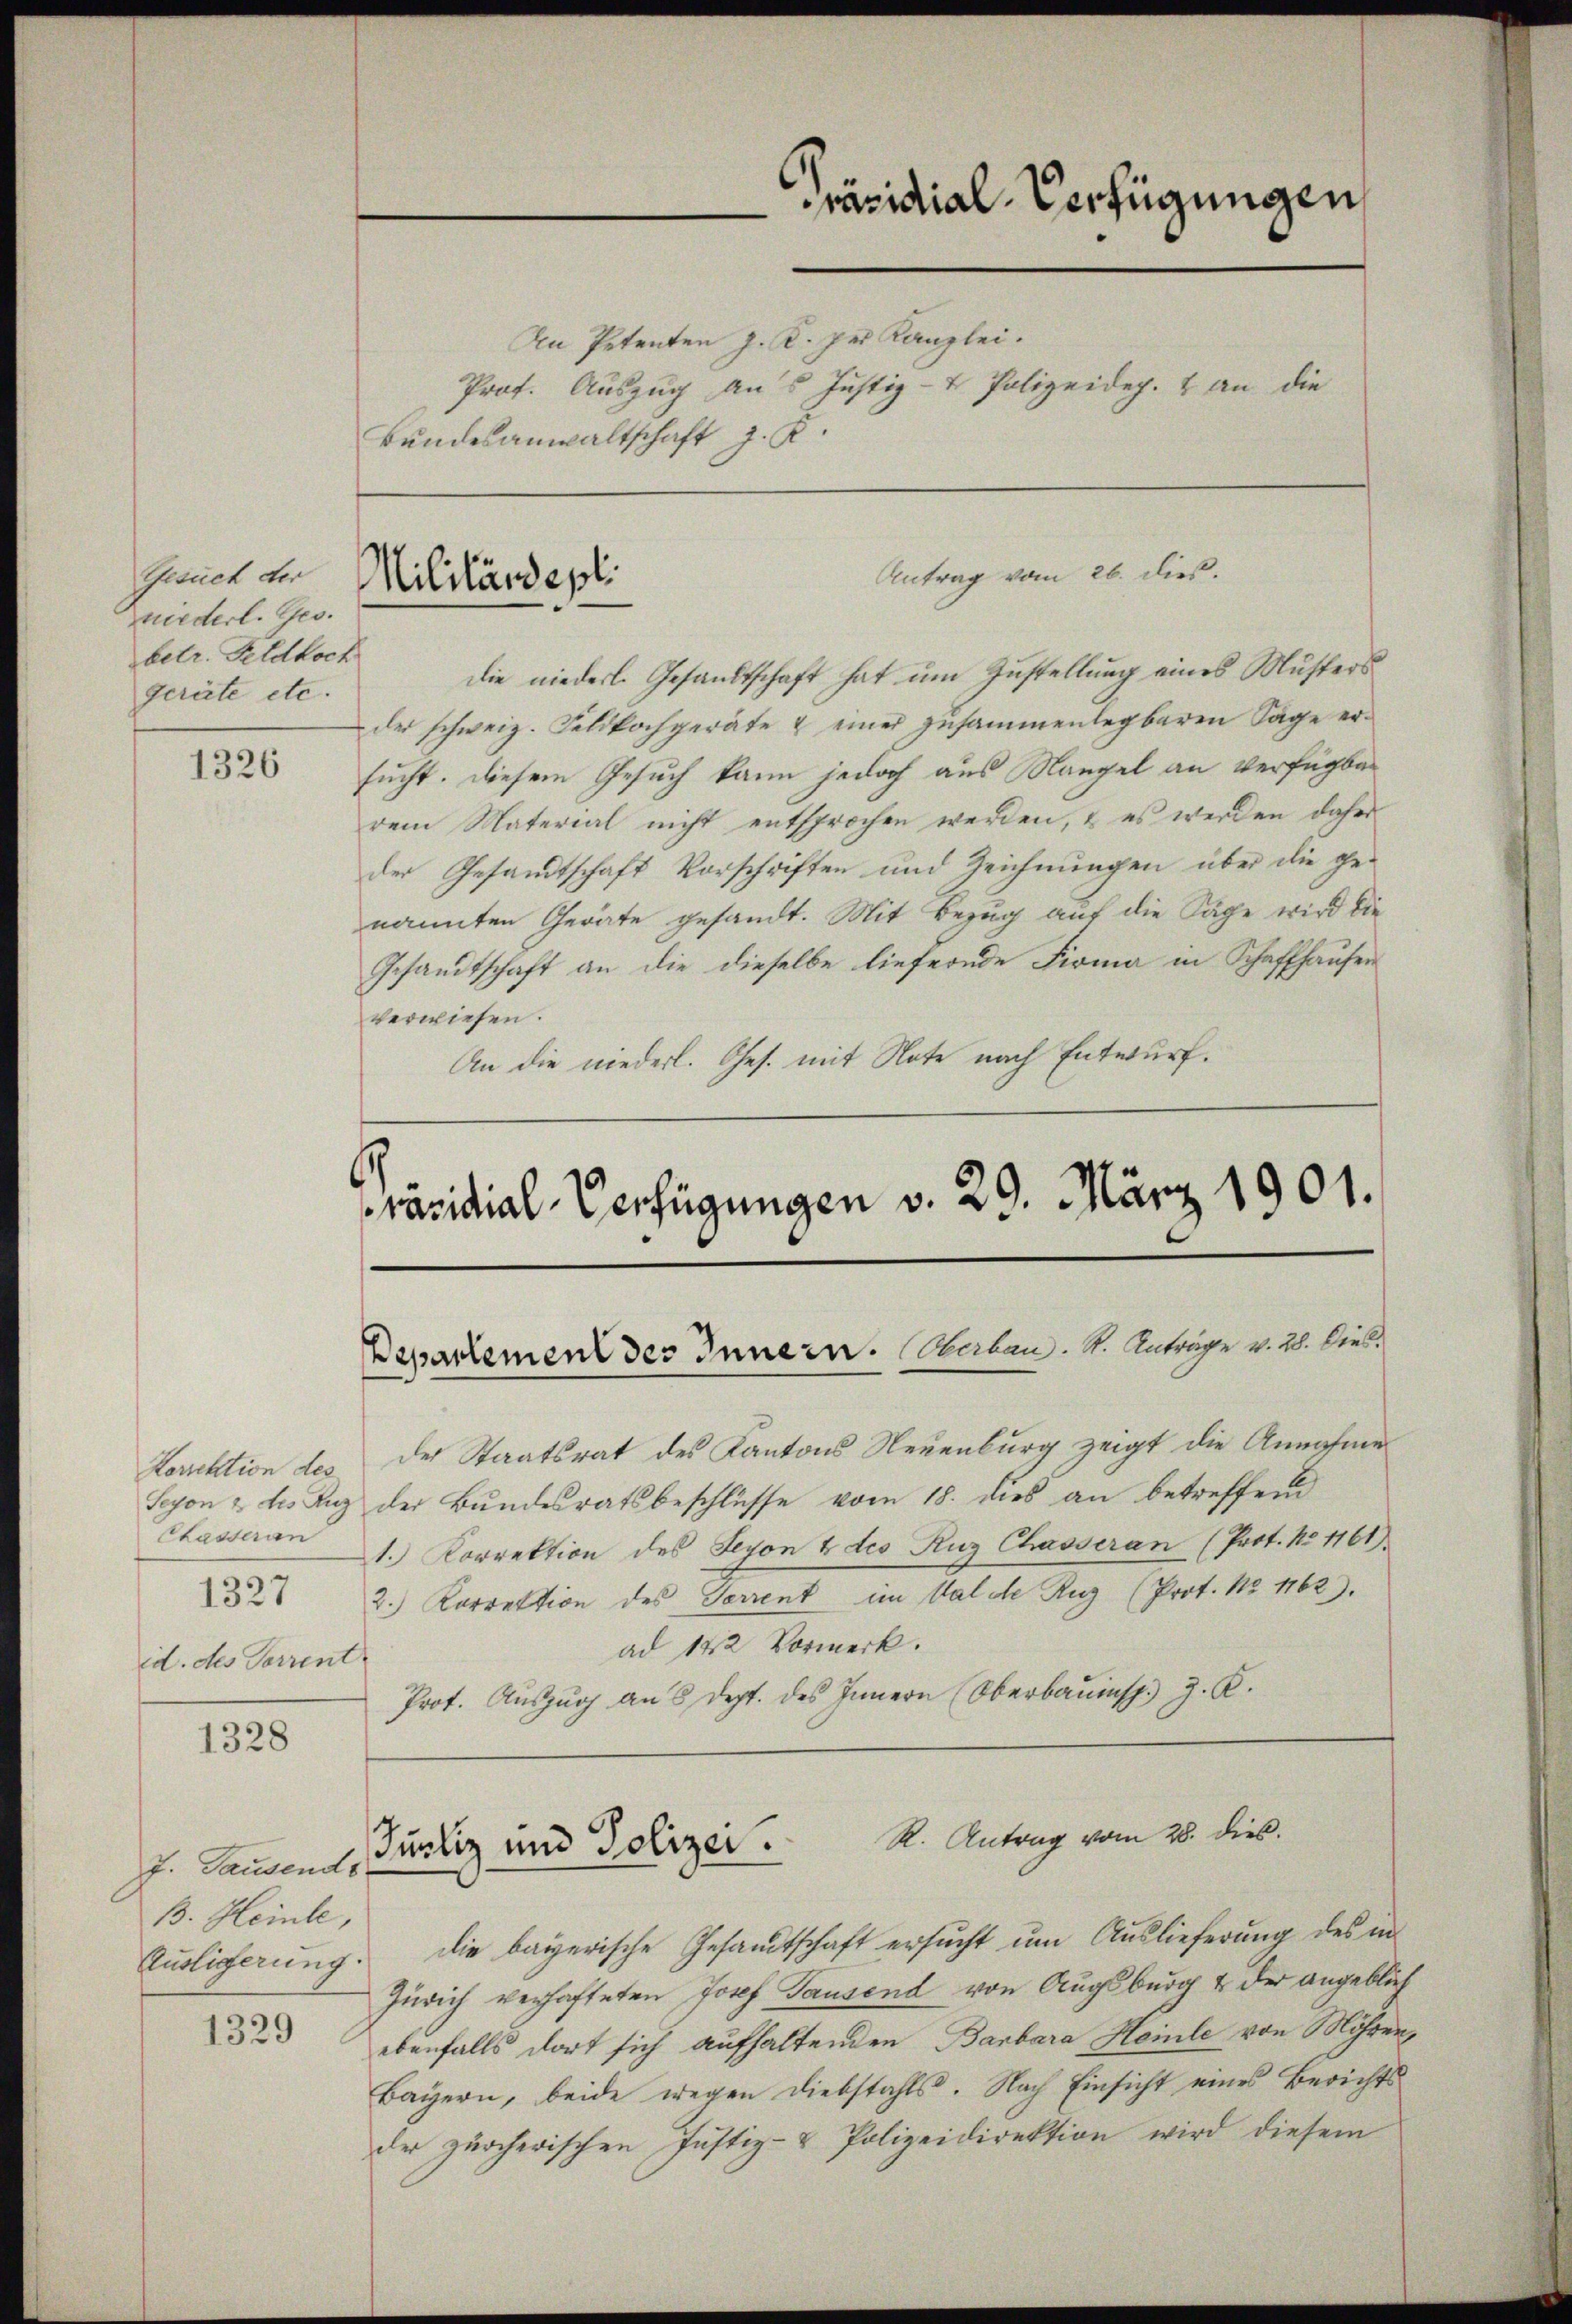
Gesuch der
niederl. Ges.
betr. Feldkoch
geräte etc.

1326

Korrektion des
Chasseran
d. des Vorrent

1328

J. Pausends
B. Heinte,
Ausligerung

1329

An Petenten J. K. pr. Kanzlei.
Prof. Auszug aus Justiz- & Polizeidep. & an die
Bundesanwaltschaft J. K.

Militärdepti

Präsidial-Verfügungen

Antrag vom 26. dies.

die niederl. Gesandtschaft hat um Zustellung eines Musters
der schweiz. Feldkochgeräte & einer zusammenlegbaren Sage ersucht. Diesem Gesuch kann jedoch aus Mangel an verfügbarem Material nicht entsprochen werden, & es werden daher
der Gesandtschaft Vorschriften und Zeichnungen über die genannten Geräte gesandt. Mit Bezug auf die Sache wird die
Gesandtschaft an die dieselbe liefernde Firma in Schaffhausen
verwiesen.
An die niederl. Ges. mit Note nach Entwurf.
Präsidial-Verfügungen v. 29. März 1901.

Departement des Innern. Haben. St. Anträge v. 28. Dieb¬

der Staatsrat des Kantons Neuenburg zeigt die Annahme
Seyon & des Luz der Bundesratsbeschlüsse vom 18. dies an betreffend
1. Korrektion des Seyon 4 des Ruz Chasseran (Prot. No 1161).
32 2. Korrektion des Terrent im Walde Ruz (Prot. No 1162).
ad 142 Vormerk.
Prot. Aŭszŭg an 8 dept. des Innern (Oberbaŭmsp.) J. R.

Justiz und Polizei. K. Antrag vom 28. dies.

die bayerische Gesandtschaft ersucht um Auslieferung des in
1.
Zürich verhafteten Josef Tausend von Augsburg & der angeblich
ebenfalls dort sich aufhaltenden Barbara Heile von Möhren,
Bayern, beide wegen Diebstahls. Nach Einsicht eines Berichtsder zürcherischen Justiz- & Polizeidirektion wird diesem